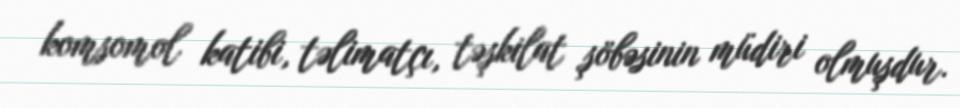
komsomol katibi, təlimatçı, təşkilat şöbəsinin müdiri olmuşdur.